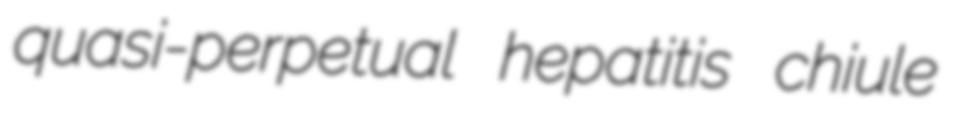
quasi-perpetual hepatitis chiule